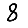
Digit: 8